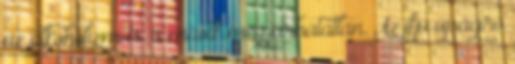
az alkoholizmus, a másik meg járhatatlan. Az ifjú újságíró